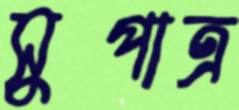
সুপাত্র